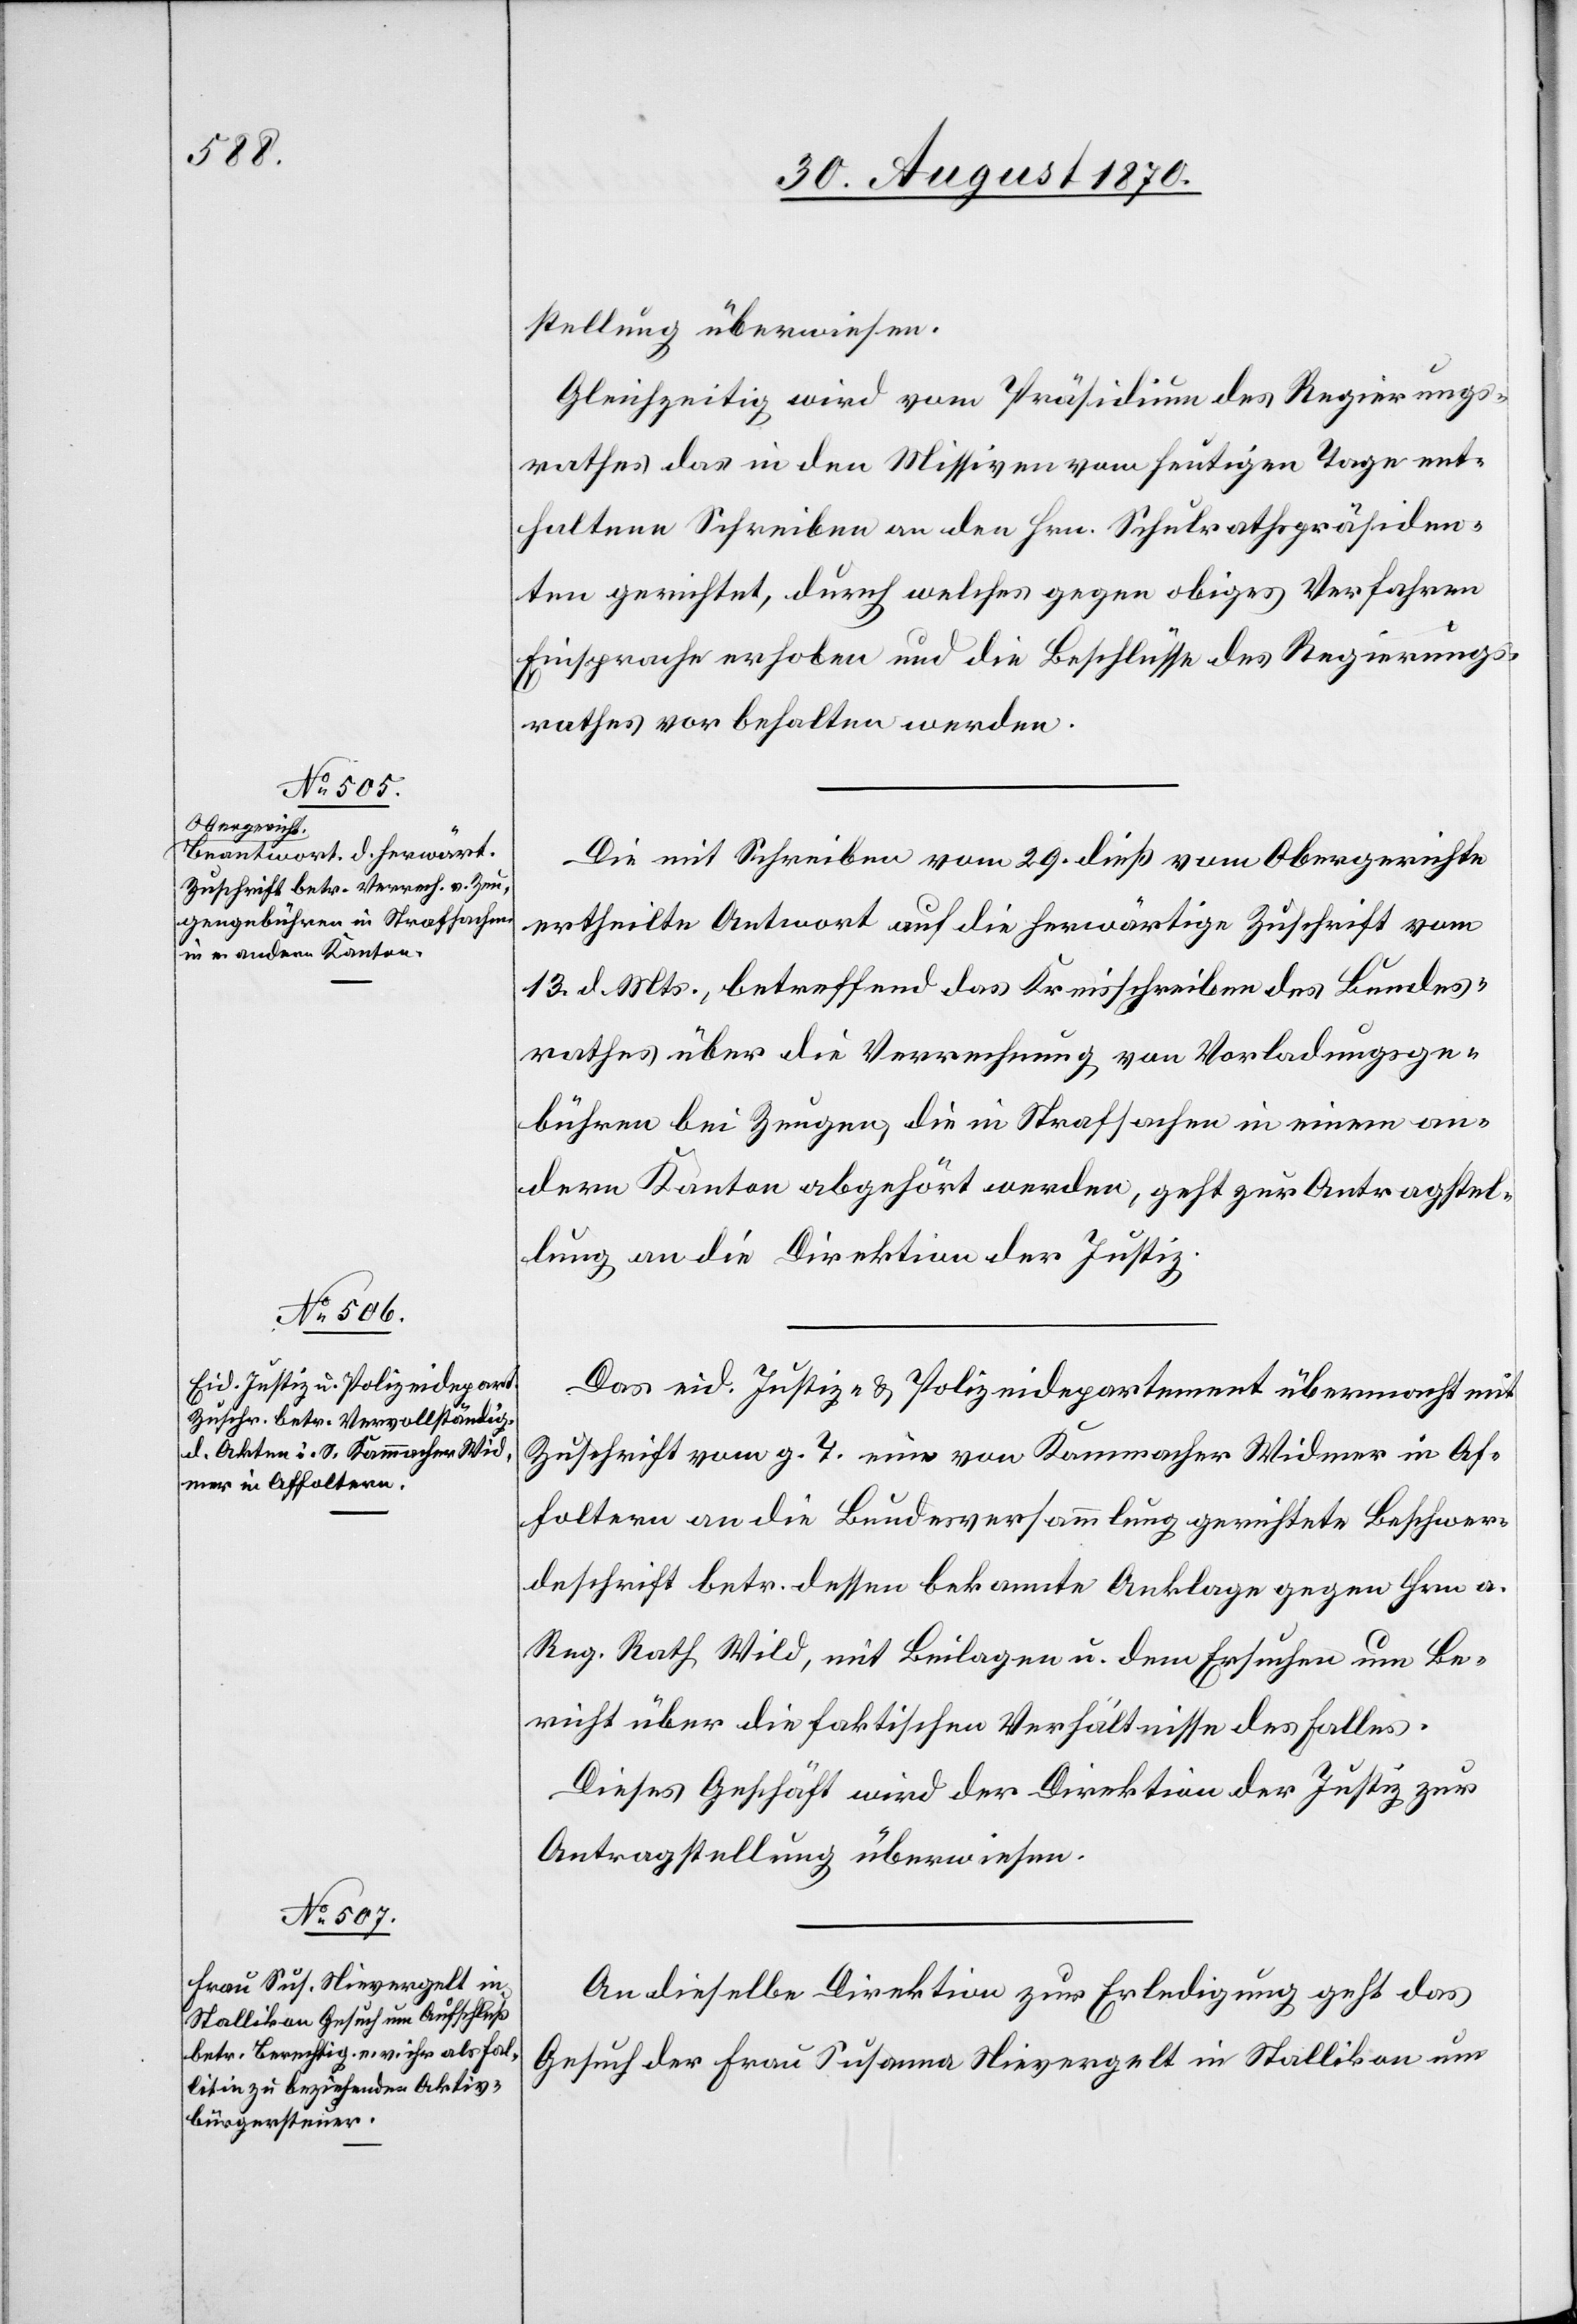
31. August 1870.]
stellung überwiesen.
Gleichzeitig wird vom Präsidium des Regierungs¬
rathes das in den Missiven vom heutigen Tage ent¬
haltene Schreiben an den Hrn. Schulrathspräsiden¬
ten gerichtet, durch welches gegen obiges Verfahren
Einsprache erhoben und die Beschlüsse des Regierungs¬
rathes vorbehalten werden.
Die mit Schreiben vom 29. dieß vom Obergerichte
ertheilte Antwort auf die herwärtige Zuschrift vom
13. d. Mts., betreffend das Kreisschreiben des Bundes¬
rathes über die Verrechnung von Vorladungsge¬
bühren bei Zeugen, die in Strafsachen in einem an¬
dern Kanton abgehört werden, geht zur Antragstel¬
lung an die Direktion der Justiz.
Das eid. Justiz- & Polizeidepartement übermacht mit
Zuschrift vom g. T. eine von Kammacher Widmer in Af¬
foltern an die Bundesversammlung gerichtete Beschwer¬
deschrift betr. dessen bekannte Anklage gegen Hrn. a.
Reg. Rath Wild, mit Beilagen u. dem Ersuchen um Be¬
richt über die faktischen Verhältnisse des Falles.
Dieses Geschäft wird der Direktion der Justiz zur
Antragstellung überwiesen.
An dieselbe Direktion zur Erledigung geht das
Gesuch der Frau Susanna Nievergelt in Stallikon um